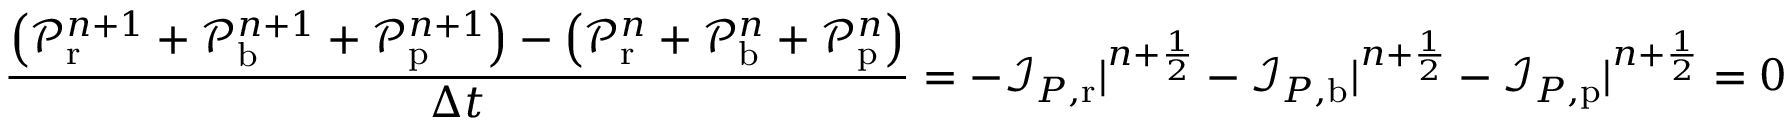
\frac { \left( \mathcal P _ { \mathrm { r } } ^ { n + 1 } + \mathcal P _ { \mathrm { b } } ^ { n + 1 } + \mathcal P _ { \mathrm { p } } ^ { n + 1 } \right) - \left( \mathcal P _ { \mathrm { r } } ^ { n } + \mathcal P _ { \mathrm { b } } ^ { n } + \mathcal P _ { \mathrm { p } } ^ { n } \right) } { \Delta t } = - \mathcal I _ { P , \mathrm { r } } | ^ { n + \frac 1 2 } - \mathcal I _ { P , \mathrm { b } } | ^ { n + \frac 1 2 } - \mathcal I _ { P , \mathrm { p } } | ^ { n + \frac 1 2 } = 0